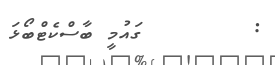
:        ގައުމީ ބާސްކެޓްބޯޅަ